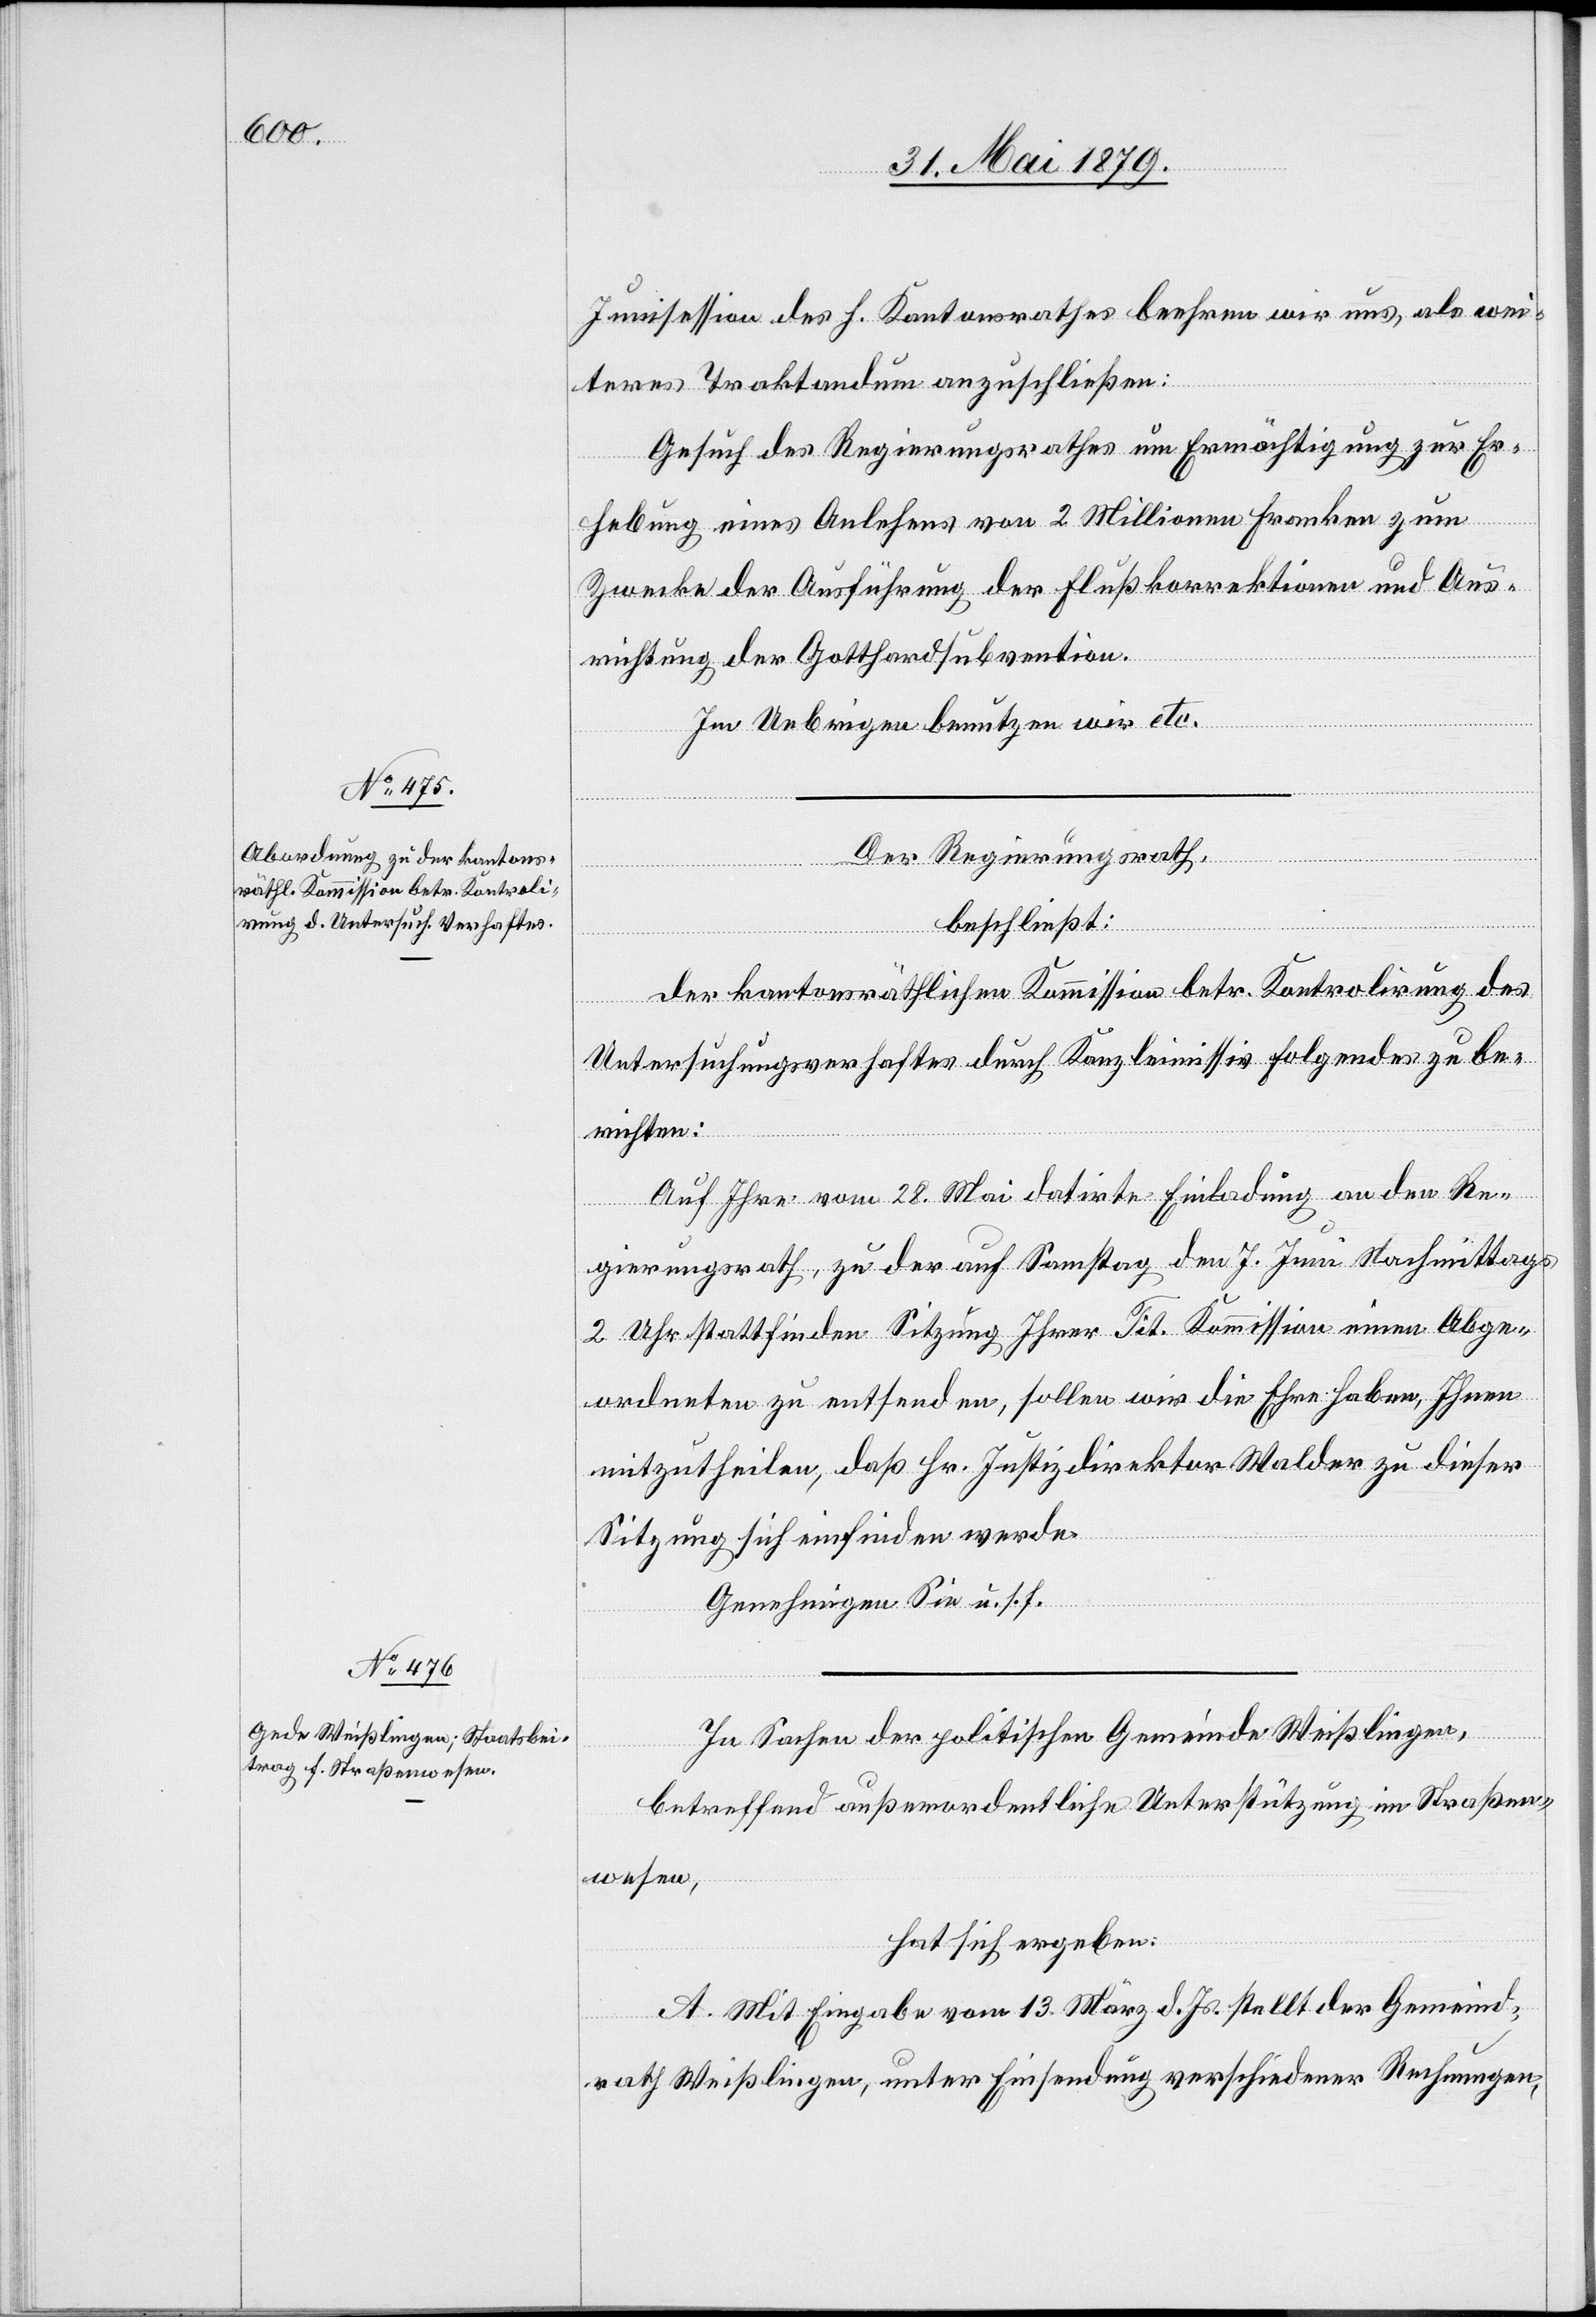
Junisession des h. Kantonsrathes beehren wir uns, als wei¬
teres Traktandum anzuschließen:
Gesuch des Regierungsrathes um Ermächtigung zur Er¬
hebung eines Anlehens von 2 Millionen Franken zum
Zwecke der Ausführung der Flußkorrektionen und Aus¬
richtung der Gotthardsubvention.
Im Uebrigen benutzen wir etc.
Der Regierungsrath,
beschließt:
der kantonsräthlichen Kommission betr. Kontrolirung des
Untersuchungsverhaftes durch Kanzleimissiv folgendes zu be¬
richten:
Auf Ihre vom 28. Mai datirte Einladung an den Re¬
gierungsrath, zu der auf Samstag den 7. Juni Nachmittags
2 Uhr stattfinden[den] Sitzung Ihrer Tit. Kommission einen Abge¬
ordneten zu entsenden, sollen wir die Ehre haben, Ihnen
mitzutheilen, daß Hr. Justizdirektor Walder zu dieser
Sitzung sich einfinden werde.
Genehmigen Sie u. s. f.
In Sachen der politischen Gemeinde Weißlingen,
betreffend außerordentliche Unterstützung im Straßen¬
wesen,
hat sich ergeben:
A. Mit Eingabe vom 13. März d. Js. stellt der Gemeind¬
rath Weißlingen, unter Einsendung verschiedener Rechnungen,